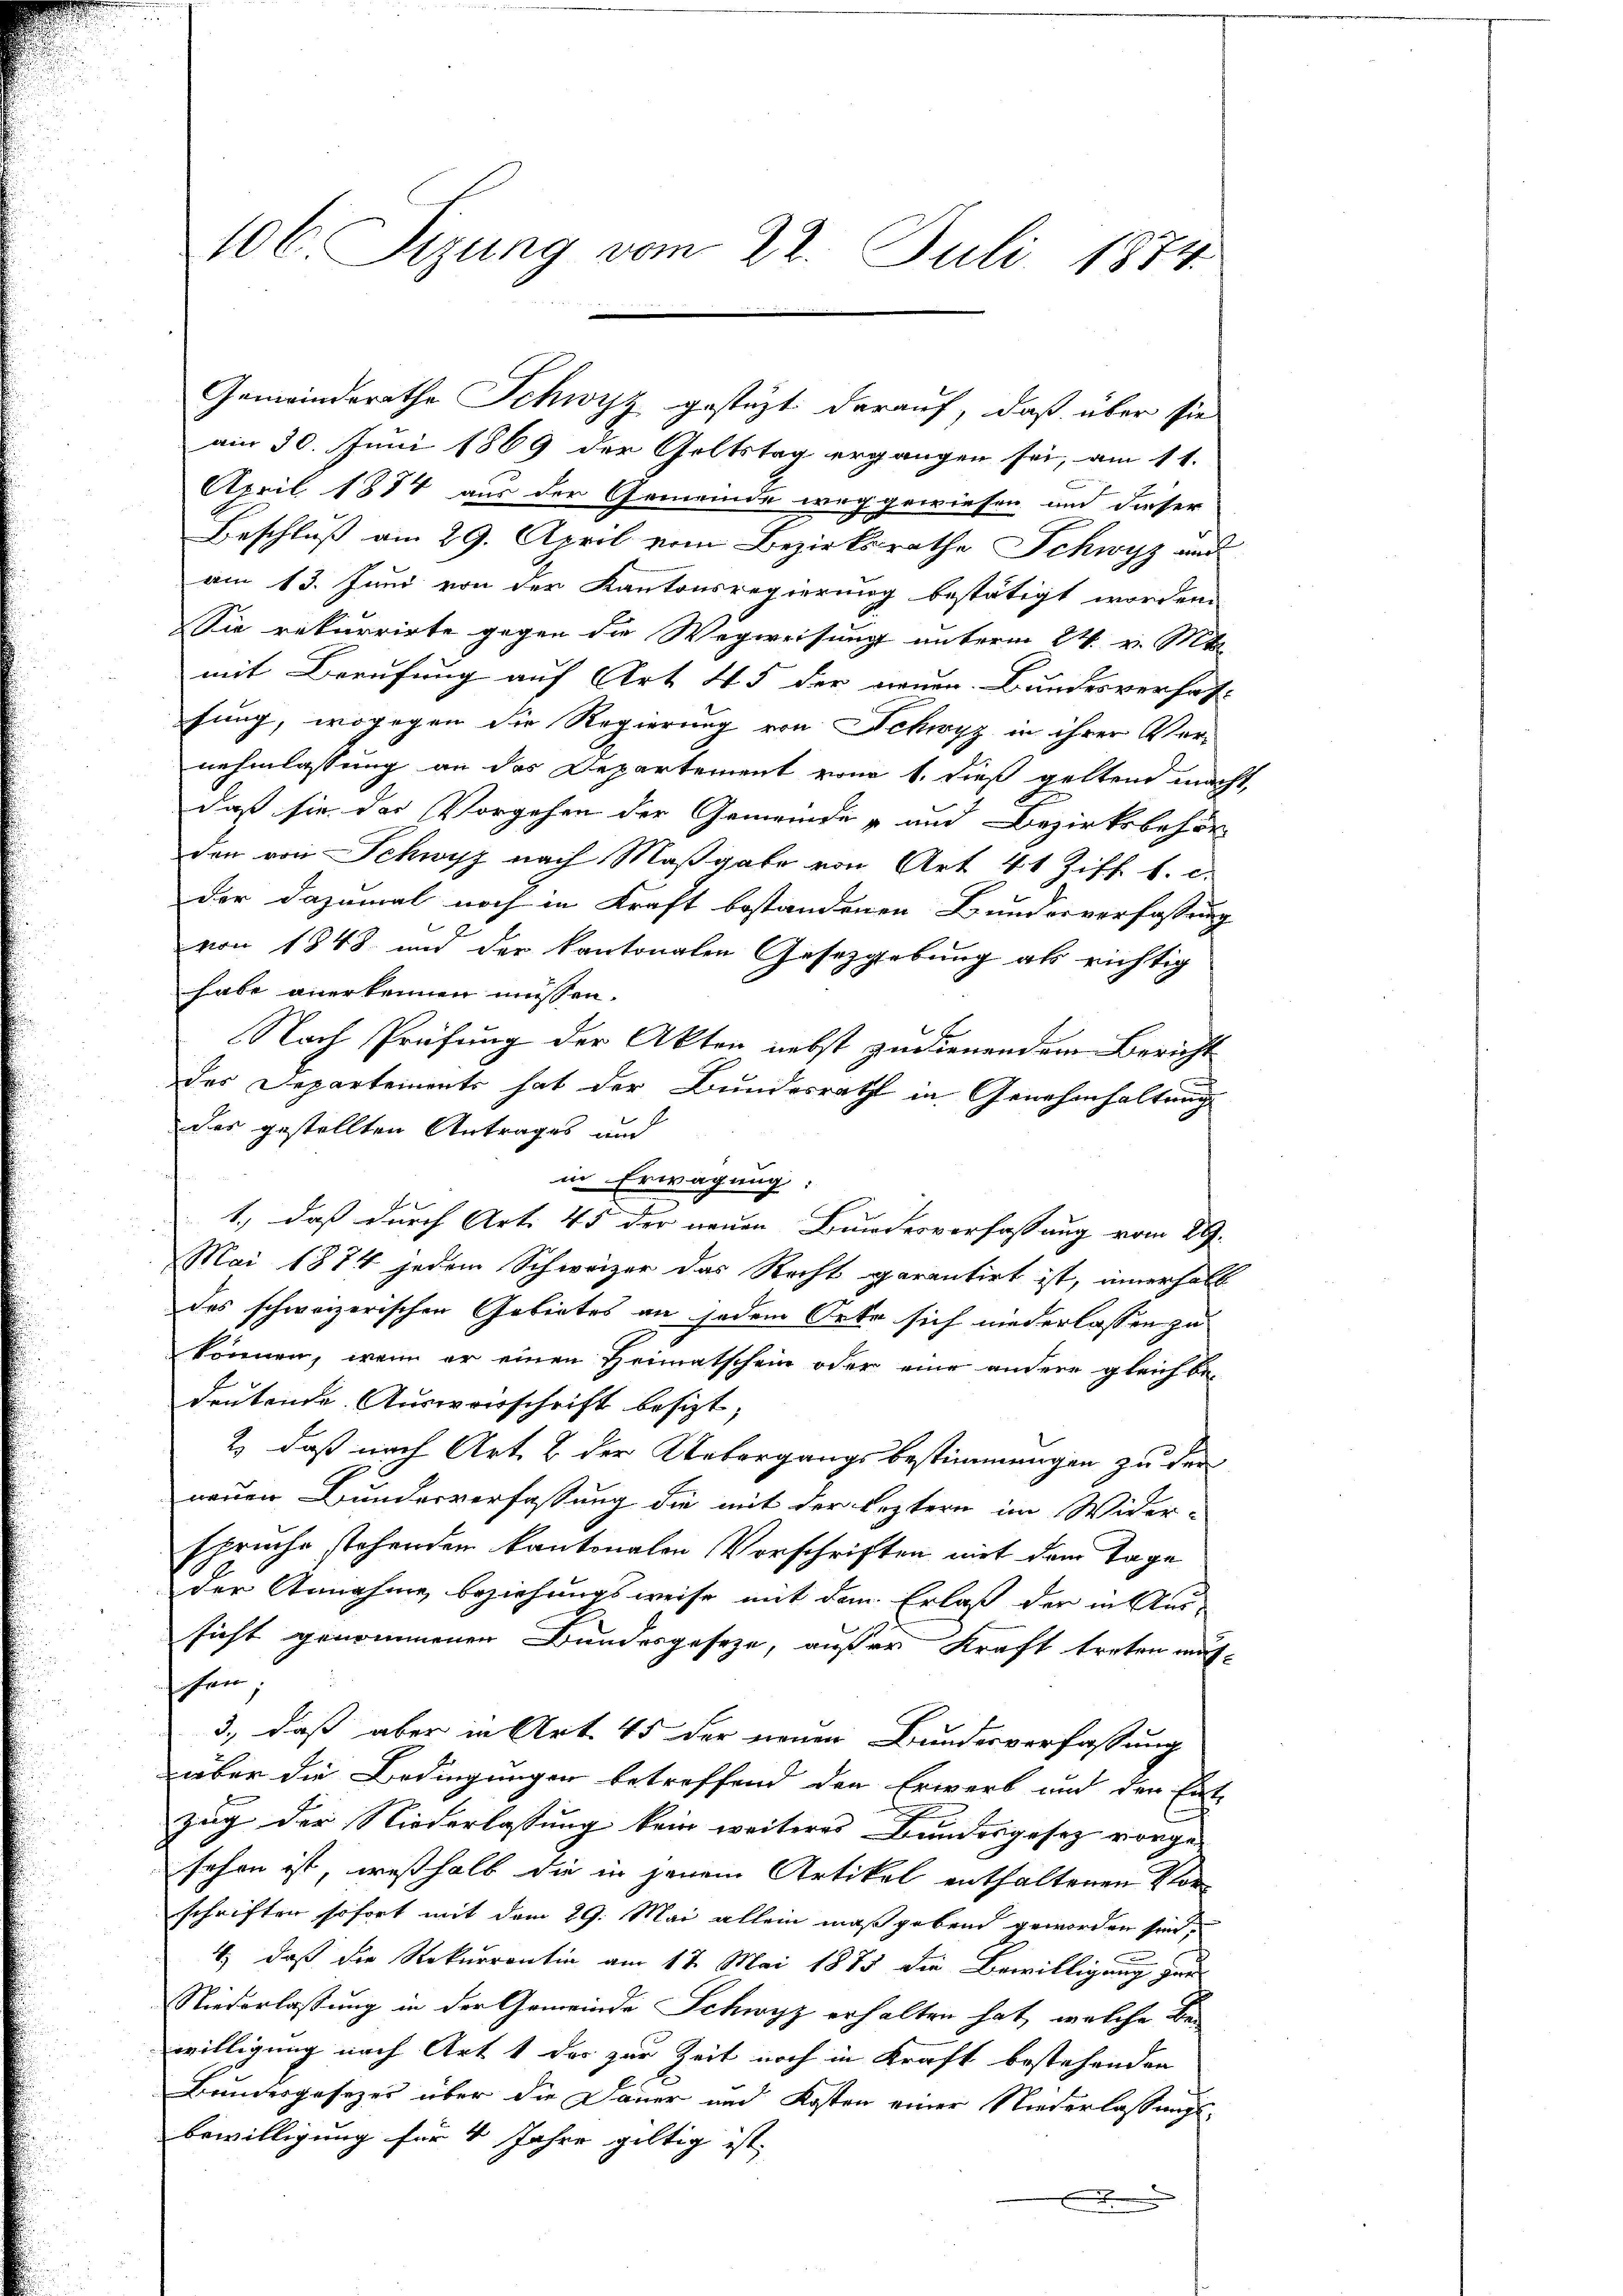
106. Sizung vom 22. Juli 1874.

am 30. Juni 1869 der Goltstag ergangen sei, am 11.
April 1874 aus der Gemeinde weg gewiesen und dieser
Beschluß am 29. April vom Bezirksrathe Schwyz und
am 13. Juni von der Kantonsregierung bestätigt worden
Sie rekurrirte gegen die Wegweisung unterm 24. v. Mts.
mit Berufung auf Art. 45 der neuen. Bundesverhaffung, wogegen die Regierung von Schwyz in ihrer Vernehmlassung an das Departement vom 1. dieß geltend macht,
daß sie das Vorgehen der Gemeinde- und Bezirksbehör
den von Schwyz nach Maßgabe von Art. 41 Ziff. 1. c.
der dazumal noch in Kraft bestandenen Bundesverfassung
von 1848 und der kantonalen Gesetzgebung als richtig
habe anerkennen müssen.
Nach Prüfung der Akten nebst zudienendem Bericht
des Departements hat der Bundesrath in Genehmhaltung
des gestellten Antrages and
in Erwägung:
1., daß durch Art. 45 der neuen Bundesverfassung vom 29.
Mai 1874 jedem Schweizer das Recht garantirt ist, innerhalb
des schweizerischen Gebietes an jedem Orte sich niederlassen zu
können, wenn er einen Heimatschein oder eine andere gleich be-
deutende Ausweisschrift besizt,
2) daß nach Art. 2 der Uebergangsbestimmungen zu der
neuer Bundesverfassung die mit der leztern im Wider-
spruche stehenden kantonalen Vorschriften mit dem Tage
der Annahme beziehungsweise mit dem Erlaß der in Meisicht genommenen Bundesgeseze, außer Kraft treten mitfen;
3., daß aber in Art. 45 der neuen Bundesverfassung
über die Bedingungen betreffend den Erwerb und den Ent-
zug der Niederlassung kein weiteres Bundesgesetz vorge-
sehen ist, weßhalb die in jenem Artikel enthaltenen Vor
schriften sofort mit dem 29. Mai allein maßgebend geworden sind.
1) daß die Rekurrentin am 17. Mai 1885 die Bewilligung zur
Niederlassung in der Gemeinde Schwyz erhalten hat, welche Bewilligung nach Art 1 das zur Zeit noch in Kraft bestehenden
Bundesgesezes über die Dauer und Kosten einer Niederlassungsbewilligung für 4 Jahre gültig ist,
.

Gemeinderathe Schwyz gestüzt darauf, daß über sie